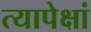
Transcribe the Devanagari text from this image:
त्यापेक्षां